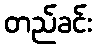
တည်ခင်း